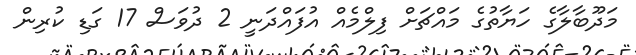
މަދޫބާލާގެ ހަޔާތުގެ މައްޗަށް ފިލްމެއް އުފައްދަނީ 2 ދުވަސް 17 ގަޑި ކުރިން